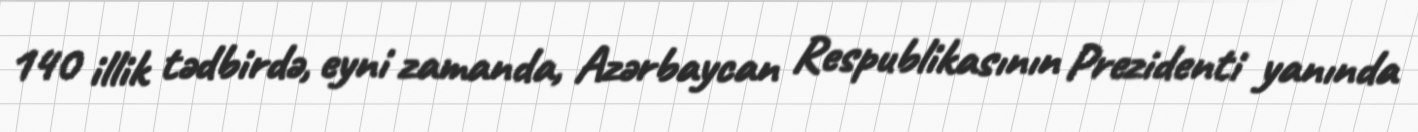
140 illik tədbirdə, eyni zamanda, Azərbaycan Respublikasının Prezidenti yanında